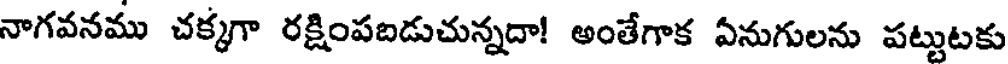
నాగవనము చక్కగా రక్షింపబడుచున్నదా! అంతేగాక ఏనుగులను పట్టుటకు